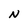
Character: N